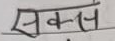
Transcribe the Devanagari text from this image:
सक्कल